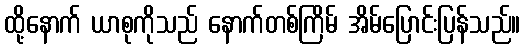
ထို့နောက် ယာစုကိုသည် နောက်တစ်ကြိမ် အိမ်ပြောင်းပြန်သည်။